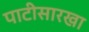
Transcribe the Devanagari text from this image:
पाटीसारखा